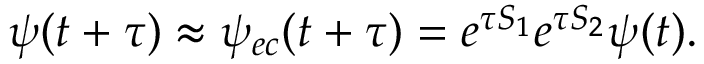
\psi ( t + \tau ) \approx \psi _ { e c } ( t + \tau ) = e ^ { \tau S _ { 1 } } e ^ { \tau S _ { 2 } } \psi ( t ) .